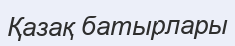
Қазақ батырлары